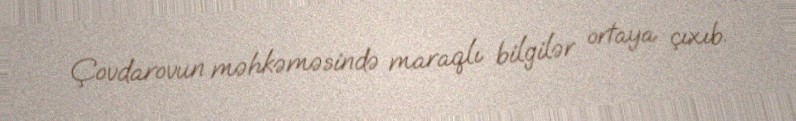
Çovdarovun məhkəməsində maraqlı bilgilər ortaya çıxıb.